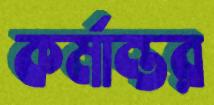
কর্মান্তর